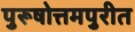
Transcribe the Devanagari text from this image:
पुरूषोत्तमपुरीत